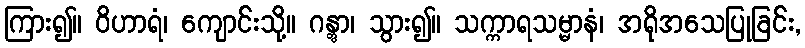
ကြား၍။ ဝိဟာရံ၊ ကျောင်းသို့။ ဂန္တွာ၊ သွား၍။ သက္ကာရသမ္မာနံ၊ အရိုအသေပြုခြင်း,